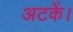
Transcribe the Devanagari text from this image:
अटकें।